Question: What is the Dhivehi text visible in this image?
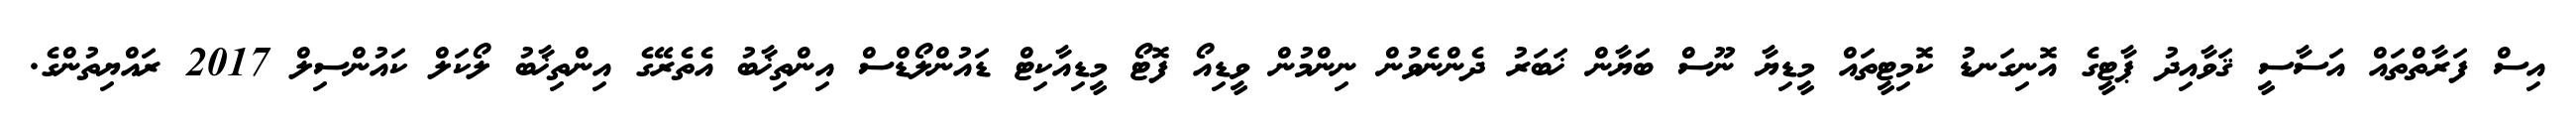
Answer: އިސް ފަރާތްތައް އަސާސީ ޤަވާއިދު ޕާޓީގެ އޮނިގަނޑު ކޮމިޓީތައް މީޑިޔާ ނޫސް ބަޔާން ޚަބަރު ދެންނެވުން ނިންމުން ވީޑިއޯ ފޮޓޯ މީޑިއާކިޓް ޑައުންލޯޑްސް އިންތިޚާބު އެތެރޭގެ އިންތިޚާބު ލޯކަލް ކައުންސިލް 2017 ރައްޔިތުންގެ.